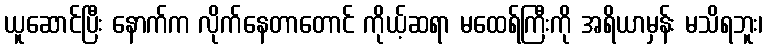
ယူဆောင်ပြီး နောက်က လိုက်နေတာတောင် ကိုယ့်ဆရာ မထေရ်ကြီးကို အရိယာမှန်း မသိရဘူး၊